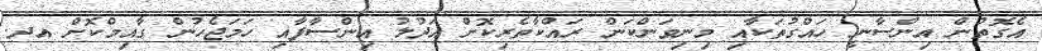
އެގޮތުން އިންސާނީ ހައްގުތަކާއި މިނިވަންކަން ރައްކާތެރިކޮށް އަދުލު އިންސާފާއި ހަމަޖެހުން ގާއިމްކޮށް އދ.